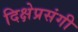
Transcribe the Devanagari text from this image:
दिक्षेप्रसंगी